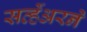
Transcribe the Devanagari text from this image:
सर्व्हेअरने